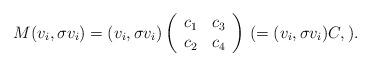
LaTeX: \begin{align*}M(v_i,\sigma v_i)=(v_i,\sigma v_i)\left(\begin{array}{rr}c_1&c_3\\c_2&c_4\end{array}\right)\,(=(v_i,\sigma v_i)C, ).\end{align*}